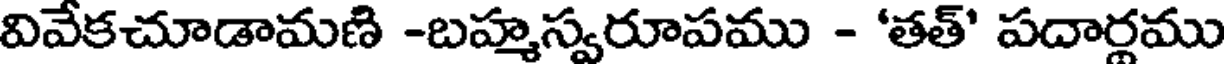
వివేకచూడామణి -బహ్మస్వరూపము - 'తత్' పదార్లము